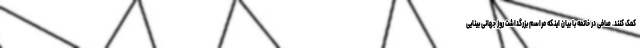
کمک کنند. صافی در خاتمه با بیان اینکه مراسم بزرگداشت روز جهانی بینایی